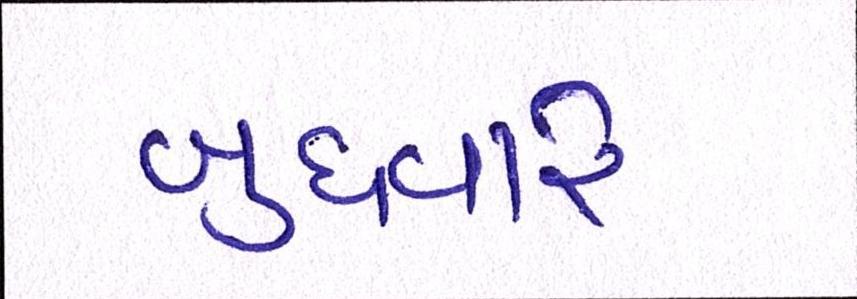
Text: બુધવારે